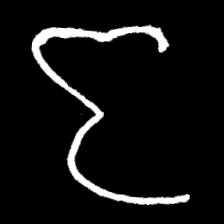
Pyu character \u2014 Myanmar letter: ဇ (romanized: ja)